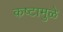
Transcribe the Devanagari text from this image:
कष्टामुळे